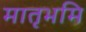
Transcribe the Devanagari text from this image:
मातृभमि